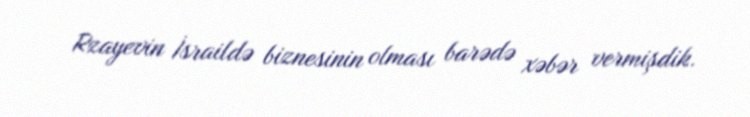
Rzayevin İsraildə biznesinin olması barədə xəbər vermişdik.